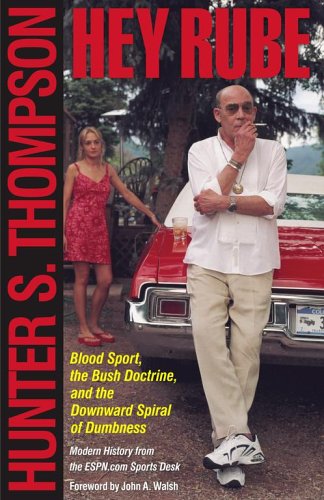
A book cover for Hey Rube: Blood Sport, the Bush Doctrine, and the Downward Spiral of Dumbness   Modern History from the Sports Desk; Hunter S. Thompson; Sports & Outdoors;